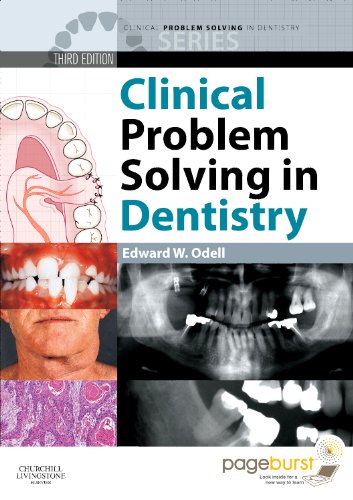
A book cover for Clinical Problem Solving in Dentistry Text and Evolve eBooks Package, 3e; Medical Books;